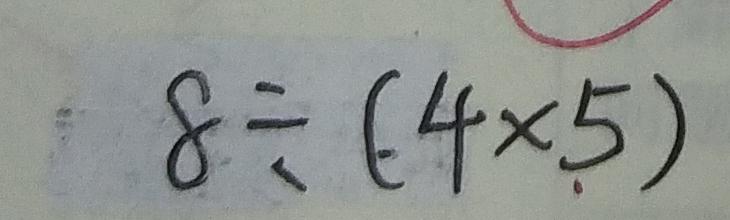
8 \div ( 4 \times 5 )